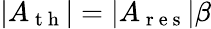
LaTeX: |A_{\mathrm{~t~h~}}|=|A_{\mathrm{~r~e~s~}}|\beta